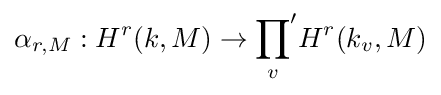
\alpha _{r,M}:H^{r}(k,M)\rightarrow {\prod _{v}}'H^{r}(k_{v},M)